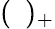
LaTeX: (\ \ )_{+}